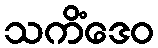
သကိံဒေဝ